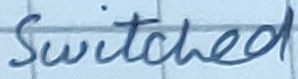
Text: Switched